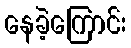
နေခဲ့ကြောင်း